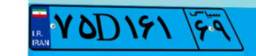
۷۵D۱۶۱۶۹